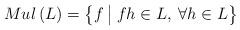
LaTeX: \begin{align*}Mul\left(L\right)=\left\{ f\:\big|\: fh\in L,\:\forall h\in L\right\} \end{align*}